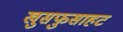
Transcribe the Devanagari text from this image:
खुसफुसाहट